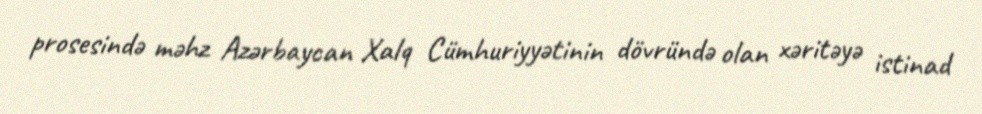
prosesində məhz Azərbaycan Xalq Cümhuriyyətinin dövründə olan xəritəyə istinad